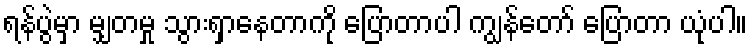
ရန်ပွဲမှာ မျှတမှု သွားရှာနေတာကို ပြောတာပါ ကျွန်တော် ပြောတာ ယုံပါ။